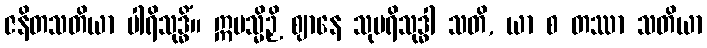
ဇနိတသတိယာ ပါရိသုဒ္ဓိံ။ ဣမသ္မိဉှိ ဈာနေ သုပရိသုဒ္ဓါ သတိ, ယာ စ တဿာ သတိယာ